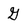
Character: G